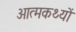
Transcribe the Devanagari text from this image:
आत्मकथ्यों